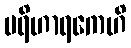
ပရိဟာရကေဟိ